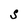
Character: s